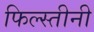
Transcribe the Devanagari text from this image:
फिल्स्तीनी